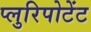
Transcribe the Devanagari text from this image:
प्लुरिपोटेंट